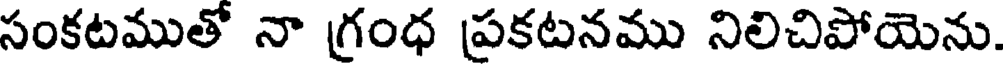
సంకటముతో నా గ్రంధ ప్రకటనము నిలిచిపోయెను.